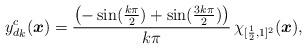
LaTeX: \begin{align*} {y_d^c}_k(\boldsymbol{x}) = \frac{ \left(-\sin(\frac{k \pi}{2}) + \sin(\frac{3 k \pi}{2}) \right)}{k \pi} \, \chi_{[\frac{1}{2},1]^2}(\boldsymbol{x}),\end{align*}